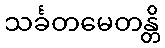
သင်္ခတမေတန္တိ